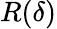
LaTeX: R(\delta)